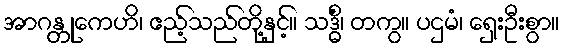
အာဂန္တုကေဟိ၊ ဧည့်သည်တို့နှင့်။ သဒ္ဓိံ၊ တကွ။ ပဌမံ၊ ရှေးဦးစွာ။